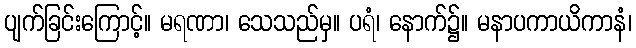
ပျက်ခြင်းကြောင့်။ မရဏာ၊ သေသည်မှ။ ပရံ၊ နောက်၌။ မနာပကာယိကာနံ၊